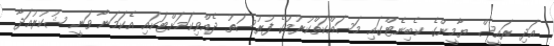
އަދި ރައީސް ޔާމީންގެ ކެބިނެޓްގައި މަސައްކަތްކުރުމުގެ ފުރުސަތު ދެއްވިކަމަށްޓަކައި އެކަމަނާ ވަނީ ޝުކުރުއަދާ